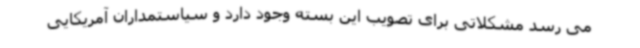
می رسد مشکلاتی برای تصویب این بسته وجود دارد و سیاستمداران آمریکایی